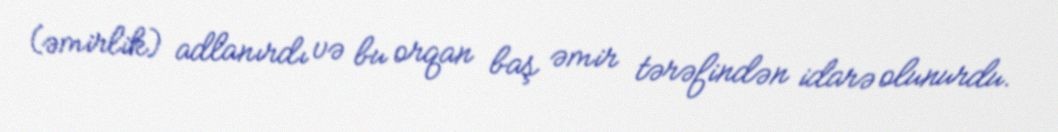
(əmirlik) adlanırdı və bu orqan baş əmir tərəfindən idarə olunurdu.